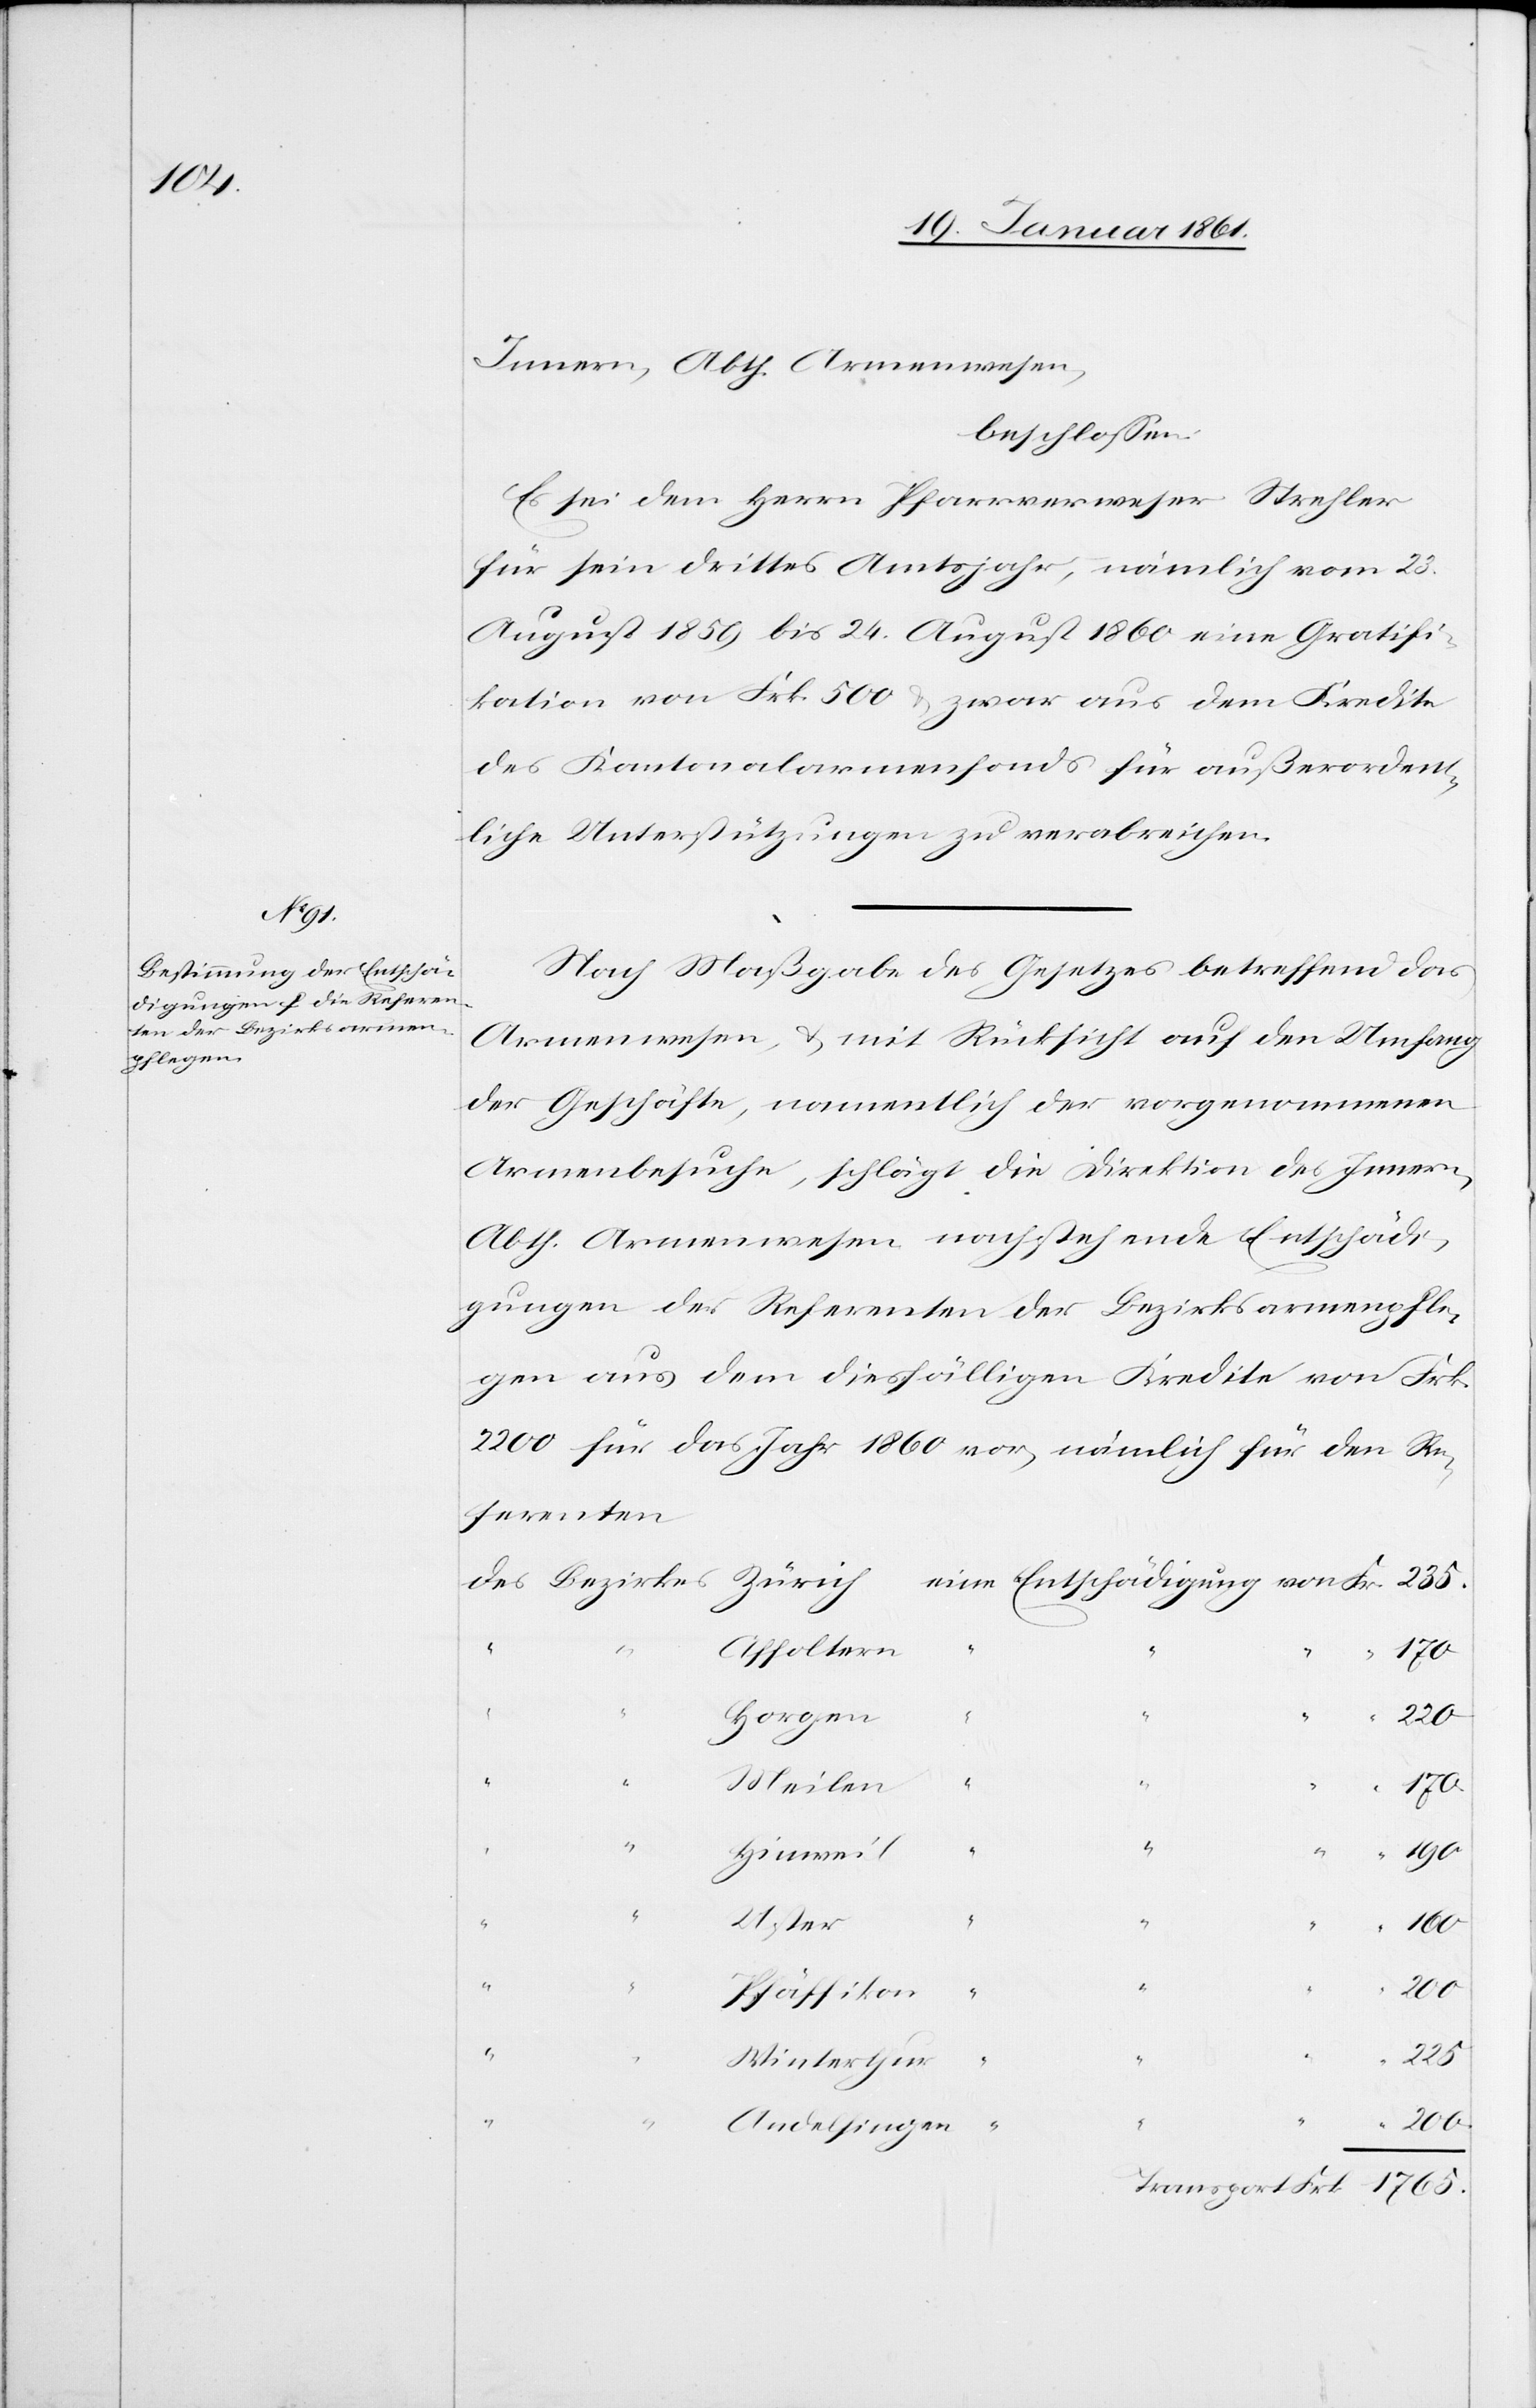
Innern, Abth. Armenwesen,
beschlossen:
Es sei dem Herrn Pfarrverweser Strehler
für sein drittes Amtsjahr, nämlich vom 23.
August 1859 bis 24. August 1860 eine Gratifi¬
kation von Frk. 500 u. zwar aus dem Kredite
des Kantonalarmenfonds für außerordent¬
liche Unterstützungen zu verabreichen.
Nach Maßgabe des Gesetzes betreffend das
Armenwesen, u. mit Rücksicht auf den Umfang
der Geschäfte, namentlich der vorgenommenen
Armenbesuche, schlägt die Direktion des Innern,
Abth. Armenwesen nachstehende Entschädi¬
gungen der Referenten der Bezirksarmenpfle¬
ge aus dem diesfälligen Kredite von Frk.
2200 für das Jahr 1860 vor, nämlich für den Re¬
ferenten
Affoltern
“
225.
Horgen
Meilen
170.
235.
Hinweil
“
“
Uster
Pfäffikon
“
Winterthur
“
Frk.
“
Andelfingen
1765.